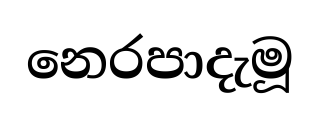
නෙරපාදැමූ